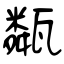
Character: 甐